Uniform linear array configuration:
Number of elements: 24
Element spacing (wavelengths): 1
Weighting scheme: hamming
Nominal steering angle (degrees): -30
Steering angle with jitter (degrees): -28.086
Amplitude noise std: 0.05
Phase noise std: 0.05

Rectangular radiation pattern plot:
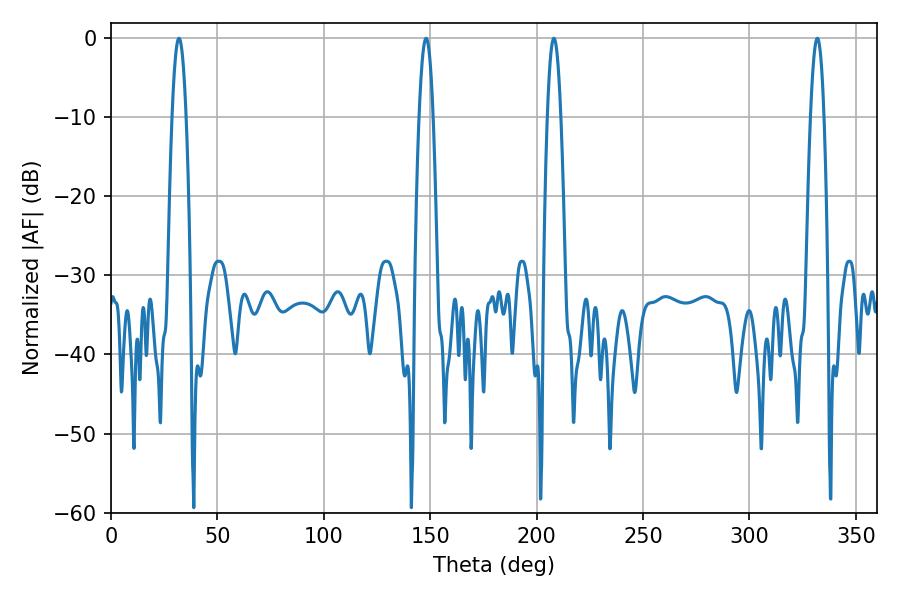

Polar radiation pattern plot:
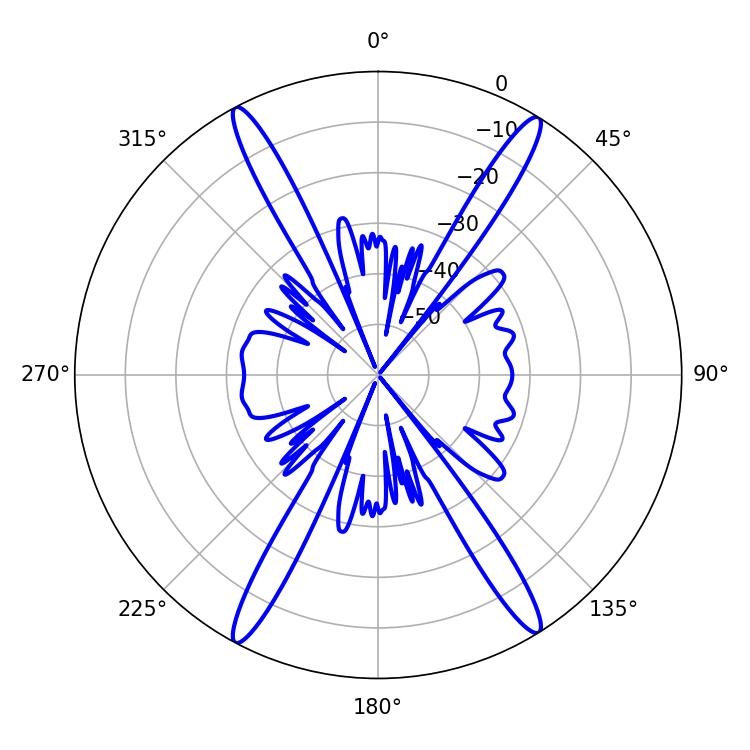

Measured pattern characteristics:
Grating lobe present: TRUE
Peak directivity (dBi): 22.755
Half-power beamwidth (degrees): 3.42
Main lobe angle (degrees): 208.08